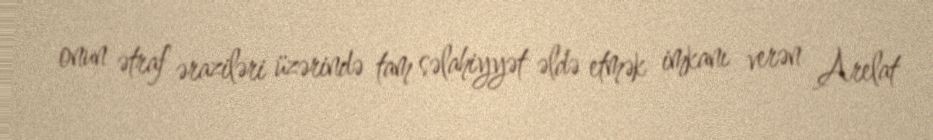
onun ətraf əraziləri üzərində tam səlahiyyət əldə etmək imkanı verən Arelat